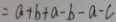
= a + b + a - b - a - c